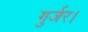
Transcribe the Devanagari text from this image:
गुर्जर।